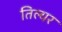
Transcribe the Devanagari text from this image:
तिल्यर